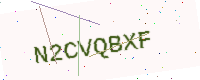
Text: N2CVQBXF